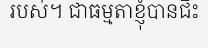
របស់។ ជាធម្មតាខ្ញុំបានជិះ